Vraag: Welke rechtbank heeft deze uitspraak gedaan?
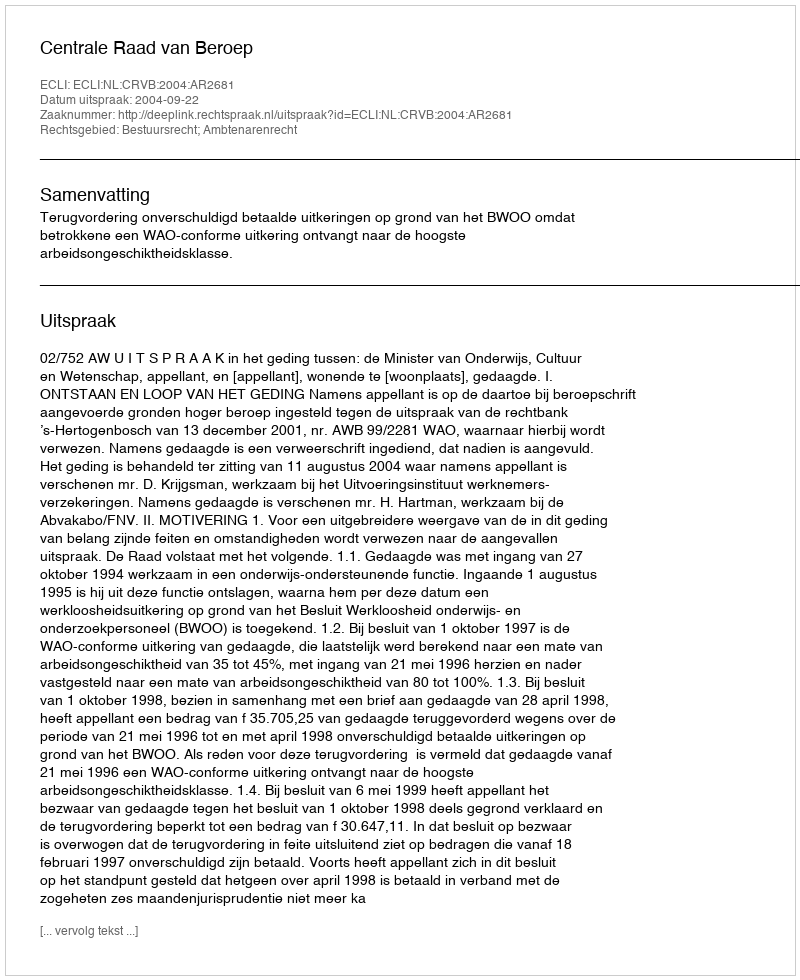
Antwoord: Centrale Raad van Beroep